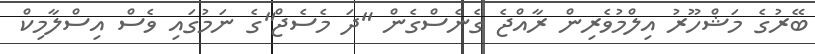
ބޭރުގެ މަޝްހޫރު އިލްމުވެރިން ރާއްޖެ ގެނެސްގެން "ދަ މެސެޖް"ގެ ނަމުގައި ވެސް އިސްލާމިކް